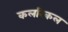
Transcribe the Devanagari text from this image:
कलरिकल